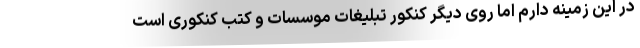
در این زمینه دارم اما روی دیگر کنکور تبلیغات موسسات و کتب کنکوری است